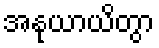
အနုယာယိတွာ